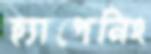
হ্যাপেনিং